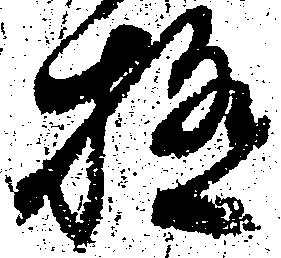
極